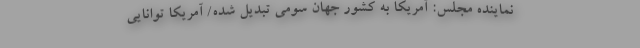
نماینده مجلس: آمریکا به کشور جهان سومی تبدیل شده/ آمریکا توانایی